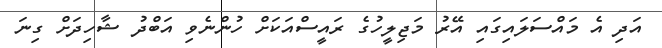
އަދި އެ މައްސަލައިގައި އޭރު މަޖިލީހުގެ ރައީސްއަކަށް ހުންނެވި އަބްދު ޝާހިދަށް ގިނަ